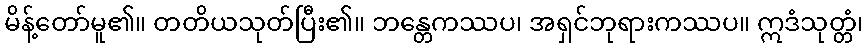
မိန့်တော်မူ၏။ တတိယသုတ်ပြီး၏။ ဘန္တေကဿပ၊ အရှင်ဘုရားကဿပ။ ဣဒံသုတ္တံ၊